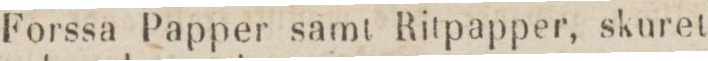
Forssa Papper samt Ritpapper, skuret